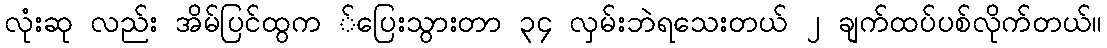
လုံးဆု လည်း အိမ်ပြင်ထွက ်ပြေးသွားတာ ၃၄ လှမ်းဘဲရသေးတယ် ၂ ချက်ထပ်ပစ်လိုက်တယ်။